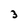
Character: 3